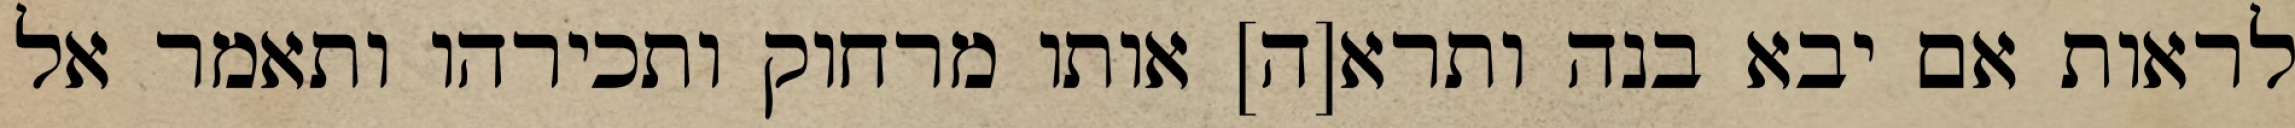
לראות אם יבא בנה ותרא[ה] אותו מרחוק ותכירהו ותאמר אל